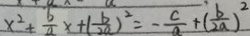
x ^ { 2 } + \frac { b } { a } x + ( \frac { b } { 2 a } ) ^ { 2 } = - \frac { c } { a } + ( \frac { b } { 2 a } ) ^ { 2 }